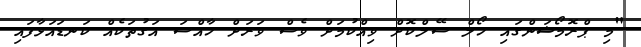
"މި ޕްރޮމޯޝަންގައި ހޯލް ސޭލްކޮށް ވިއްކުމަށް ވެސް ވަރަށް ހާއްސަ އަގުތަކެއް ކަނޑައަޅާފައި